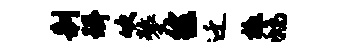
制珥吹鏊徐迁檄鸱